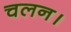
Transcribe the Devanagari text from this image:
चलन।